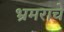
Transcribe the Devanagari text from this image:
भ्रमराचे